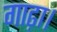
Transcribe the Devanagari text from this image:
गाढ़ा।